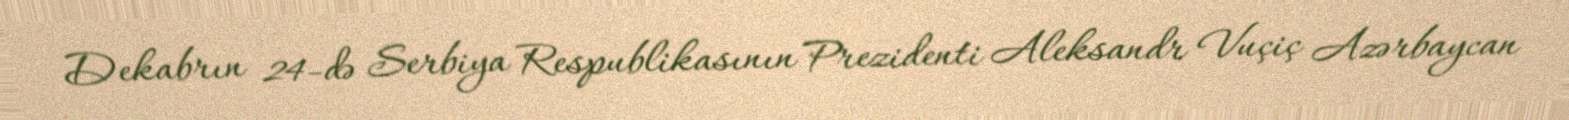
Dekabrın 24-də Serbiya Respublikasının Prezidenti Aleksandr Vuçiç Azərbaycan